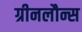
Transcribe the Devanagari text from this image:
ग्रीनलौन्स